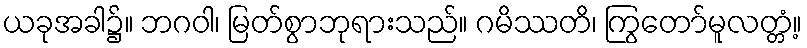
ယခုအခါ၌။ ဘဂဝါ၊ မြတ်စွာဘုရားသည်။ ဂမိဿတိ၊ ကြွတော်မူလတ္တံ့။